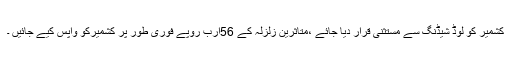
کشمیر کو لوڈ شیڈنگ سے مستثنیٰ قرار دیا جائے ،متاثرین زلزلہ کے 56ارب روپے فوری طور پر کشمیرکو واپس کیے جائیں ۔